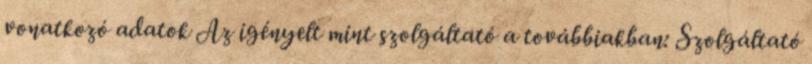
vonatkozó adatok Az igényelt mint szolgáltató a továbbiakban: Szolgáltató